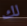
لك